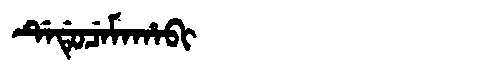
Manchu: ᡩᡝᡩᡠᠴᡝᠮᠠᡥᠠᠪᡳ
Romanization: DEDUCEMAHABI